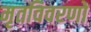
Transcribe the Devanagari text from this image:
मृतविवरणों